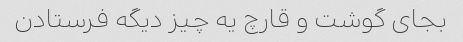
بجای گوشت و قارچ یه چیز دیگه فرستادن